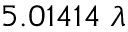
5 . 0 1 4 1 4 \; \lambda